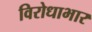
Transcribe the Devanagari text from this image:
विरोधाभार